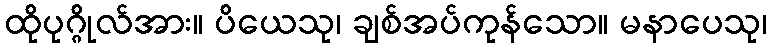
ထိုပုဂ္ဂိုလ်အား။ ပိယေသု၊ ချစ်အပ်ကုန်သော။ မနာပေသု၊